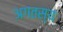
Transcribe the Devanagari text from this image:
अगतस्य